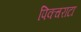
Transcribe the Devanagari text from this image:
पिक्चराटा